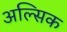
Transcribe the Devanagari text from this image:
अल्सिक